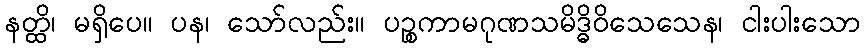
နတ္ထိ၊ မရှိပေ။ ပန၊ သော်လည်း။ ပဉ္စကာမဂုဏသမိဒ္ဓိဝိသေသေန၊ ငါးပါးသော